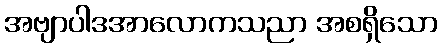
အဗျာပါဒအာလောကသညာ အစရှိသော